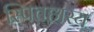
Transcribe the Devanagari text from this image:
स्पितहास्य